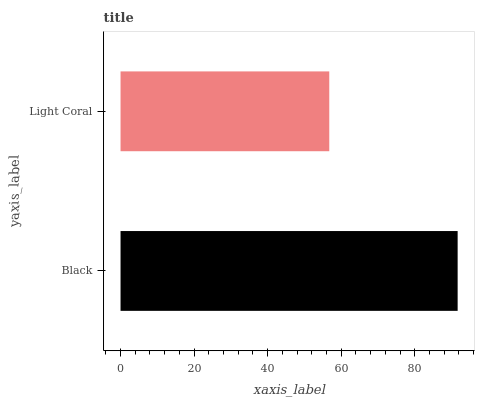
| yaxis_label | bars |
 | --- | --- |
 | Black | 91.7 |
 | Light Coral | 56.8 |